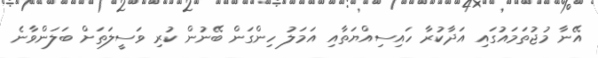
އޭނާ މުޖުތަމައުގައި އަދާކުރާ ހައިސިއްޔަތާއި އަމަލު ހިންގަން ބޭނުން ކުރި ވަސީލަަތަށް ބަލަންވާނެ